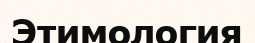
Этимология